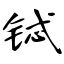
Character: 铽